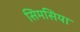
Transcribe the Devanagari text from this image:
सिमसिया